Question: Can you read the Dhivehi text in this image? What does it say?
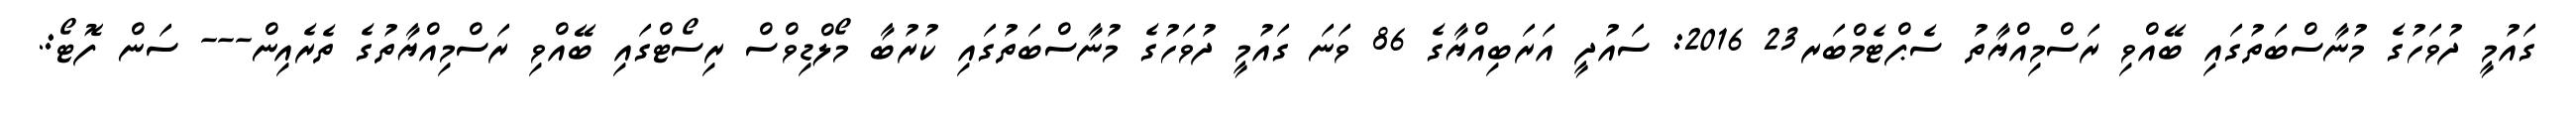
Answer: ގައުމީ ދުވަހުގެ މުނާސްބަތުގައި ބޭއްވި ރަސްމިއްޔާތު ސެޕްޓެމްބަރ23 2016: ސައުދީ އަރަބިއްޔާގެ 86 ވަނަ ގައުމީ ދުވަހުގެ މުނާސްބަތުގައި ކުރުބާ މޯލްޑިވްސް ރިސޯޓްގައި ބޭއްވި ރަސްމިއްޔާތުގެ ތެރެއިން--- ސަން ފޮޓޯ:.